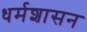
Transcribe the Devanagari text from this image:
धर्मशासन